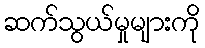
ဆက်သွယ်မှုများကို